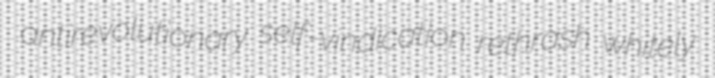
antirevolutionary self-vindication rethrash whitely